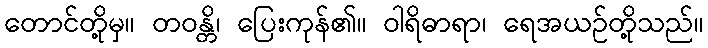
တောင်တို့မှ။ တဝန္တိ၊ ပြေးကုန်၏။ ဝါရိဓာရာ၊ ရေအယဉ်တို့သည်။